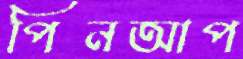
পিনআপ